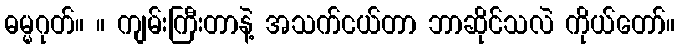
ဓမ္မဂုတ်။ ။ ကျမ်းကြီးတာနဲ့ အသက်ငယ်တာ ဘာဆိုင်သလဲ ကိုယ်တော်။